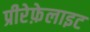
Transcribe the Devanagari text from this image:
प्रीरेफ़ेलाइट